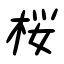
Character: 桜